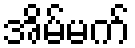
အိမ်မက်